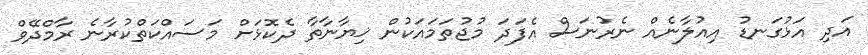
އަދި އަޅުގަނޑު އިއުލާނެއް ނެރުނަސް އެފަދަ މުޖުތަމައަކުން ޚިޔާނާތާ ދެކޮޅަށް މަސައްކަތްކުރާނެ ރާމްދޭވް